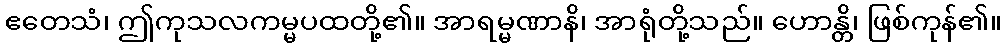
ဧတေသံ၊ ဤကုသလကမ္မပထတို့၏။ အာရမ္မဏာနိ၊ အာရုံတို့သည်။ ဟောန္တိ၊ ဖြစ်ကုန်၏။